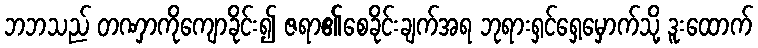
ဘဘသည် တဏှာကိုကျောခိုင်း၍ ဇရာ၏စေခိုင်းချက်အရ ဘုရားရှင်ရှေ့မှောက်သို့ ဒူးထောက်